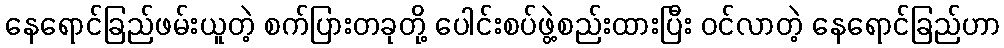
နေရောင်ခြည်ဖမ်းယူတဲ့ စက်ပြားတခုတို့ ပေါင်းစပ်ဖွဲ့စည်းထားပြီး ဝင်လာတဲ့ နေရောင်ခြည်ဟာ